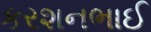
કરશનભાઈ